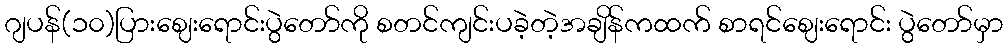
ဂျပန်(၁၀)ပြားဈေးရောင်းပွဲတော်ကို စတင်ကျင်းပခဲ့တဲ့အချိန်ကထက် စာရင်ဈေးရောင်း ပွဲတော်မှာ